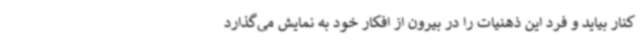
کنار بیاید و فرد این ذهنیات را در بیرون از افکار خود به نمایش می‌گذارد